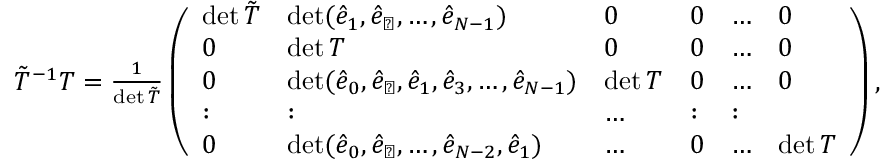
\begin{array} { r } { \tilde { T } ^ { - 1 } T = \frac { 1 } { \operatorname* { d e t } \tilde { T } } \left( \begin{array} { l l l l l l } { \operatorname* { d e t } \tilde { T } } & { \operatorname* { d e t } ( \hat { e } _ { 1 } , \hat { e } _ { \perp } , \dots , \hat { e } _ { N - 1 } ) } & { 0 } & { 0 } & { \dots } & { 0 } \\ { 0 } & { \operatorname* { d e t } T } & { 0 } & { 0 } & { \dots } & { 0 } \\ { 0 } & { \operatorname* { d e t } ( \hat { e } _ { 0 } , \hat { e } _ { \perp } , \hat { e } _ { 1 } , \hat { e } _ { 3 } , \dots , \hat { e } _ { N - 1 } ) } & { \operatorname* { d e t } T } & { 0 } & { \dots } & { 0 } \\ { : } & { : } & { \dots } & { : } & { : } \\ { 0 } & { \operatorname* { d e t } ( \hat { e } _ { 0 } , \hat { e } _ { \perp } , \dots , \hat { e } _ { { N } - 2 } , \hat { e } _ { 1 } ) } & { \dots } & { 0 } & { \dots } & { \operatorname* { d e t } T } \end{array} \right) , } \end{array}